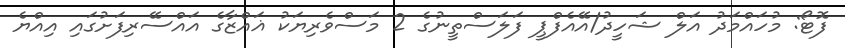
ފޮޓޯ: މުހައްމަދު އަލް ޝަހީދު/އޭއެފްޕީ ފަލަސްތީނުގެ 2 މަސްވެރިޔަކު ޣައްޒާގެ އައްސޭރިފަށުގައި އިއްޔެ